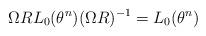
LaTeX: \begin{align*}\Omega R L_0(\theta^n) (\Omega R)^{-1} = L_0(\theta^{n})\end{align*}